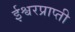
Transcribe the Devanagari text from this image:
ईश्वरप्राप्‍ती